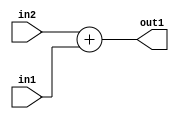
`timescale 1ps / 1ps
/*****************************************************************************
    Verilog RTL Description
    
    
    Created by: CellMath Designer 2019.1.01 
*******************************************************************************/

module DFT_compute_Add_8Ux1U_8U_1 (
	in2,
	in1,
	out1
	); /* architecture "behavioural" */ 
input [7:0] in2;
input  in1;
output [7:0] out1;
wire [7:0] asc001;

assign asc001 = 
	+(in2)
	+(in1);

assign out1 = asc001;
endmodule

/* CADENCE  urnxTA4= : u9/ySgnWtBlWxVPRXgAZ4Og= ** DO NOT EDIT THIS LINE ******/